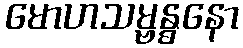
မောဟသမ္ဗန္ဓနော